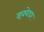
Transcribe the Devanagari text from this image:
इक्वेडर